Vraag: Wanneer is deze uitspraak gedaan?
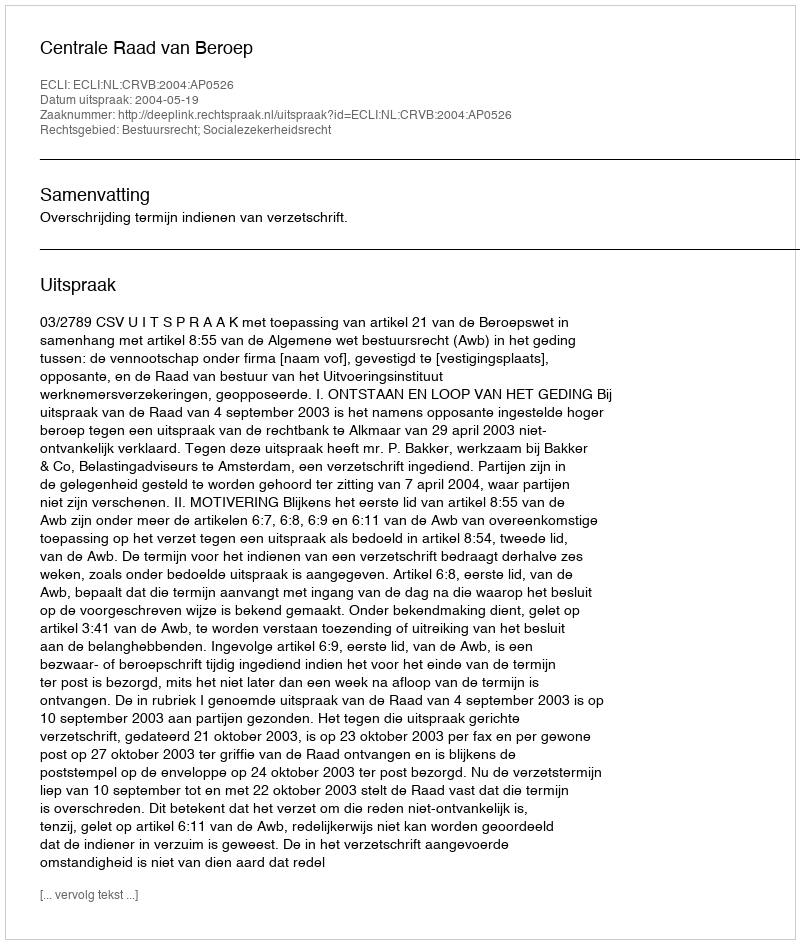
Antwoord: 2004-05-19